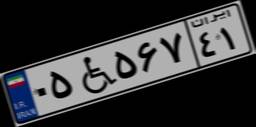
۰۵W۵۶۷۴۱